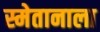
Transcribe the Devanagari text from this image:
स्मेतानाला